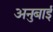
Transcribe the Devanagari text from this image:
अनुबाई